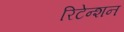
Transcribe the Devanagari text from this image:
रिटेन्शन